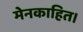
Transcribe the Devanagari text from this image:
मेनकाहित।